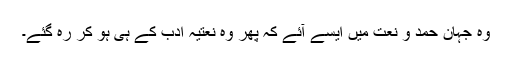
وہ جہانِ حمد و نعت میں ایسے آئے کہ پھر وہ نعتیہ ادب کے ہی ہو کر رہ گئے۔